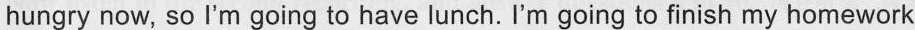
hungry now, so I'm going to have lunch. I'm going to finish my homework